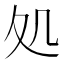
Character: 処